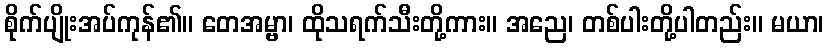
စိုက်ပျိုးအပ်ကုန်၏။ တေအမ္ဗာ၊ ထိုသရက်သီးတို့ကား။ အညေ၊ တစ်ပါးတို့ပါတည်း။ မယာ၊